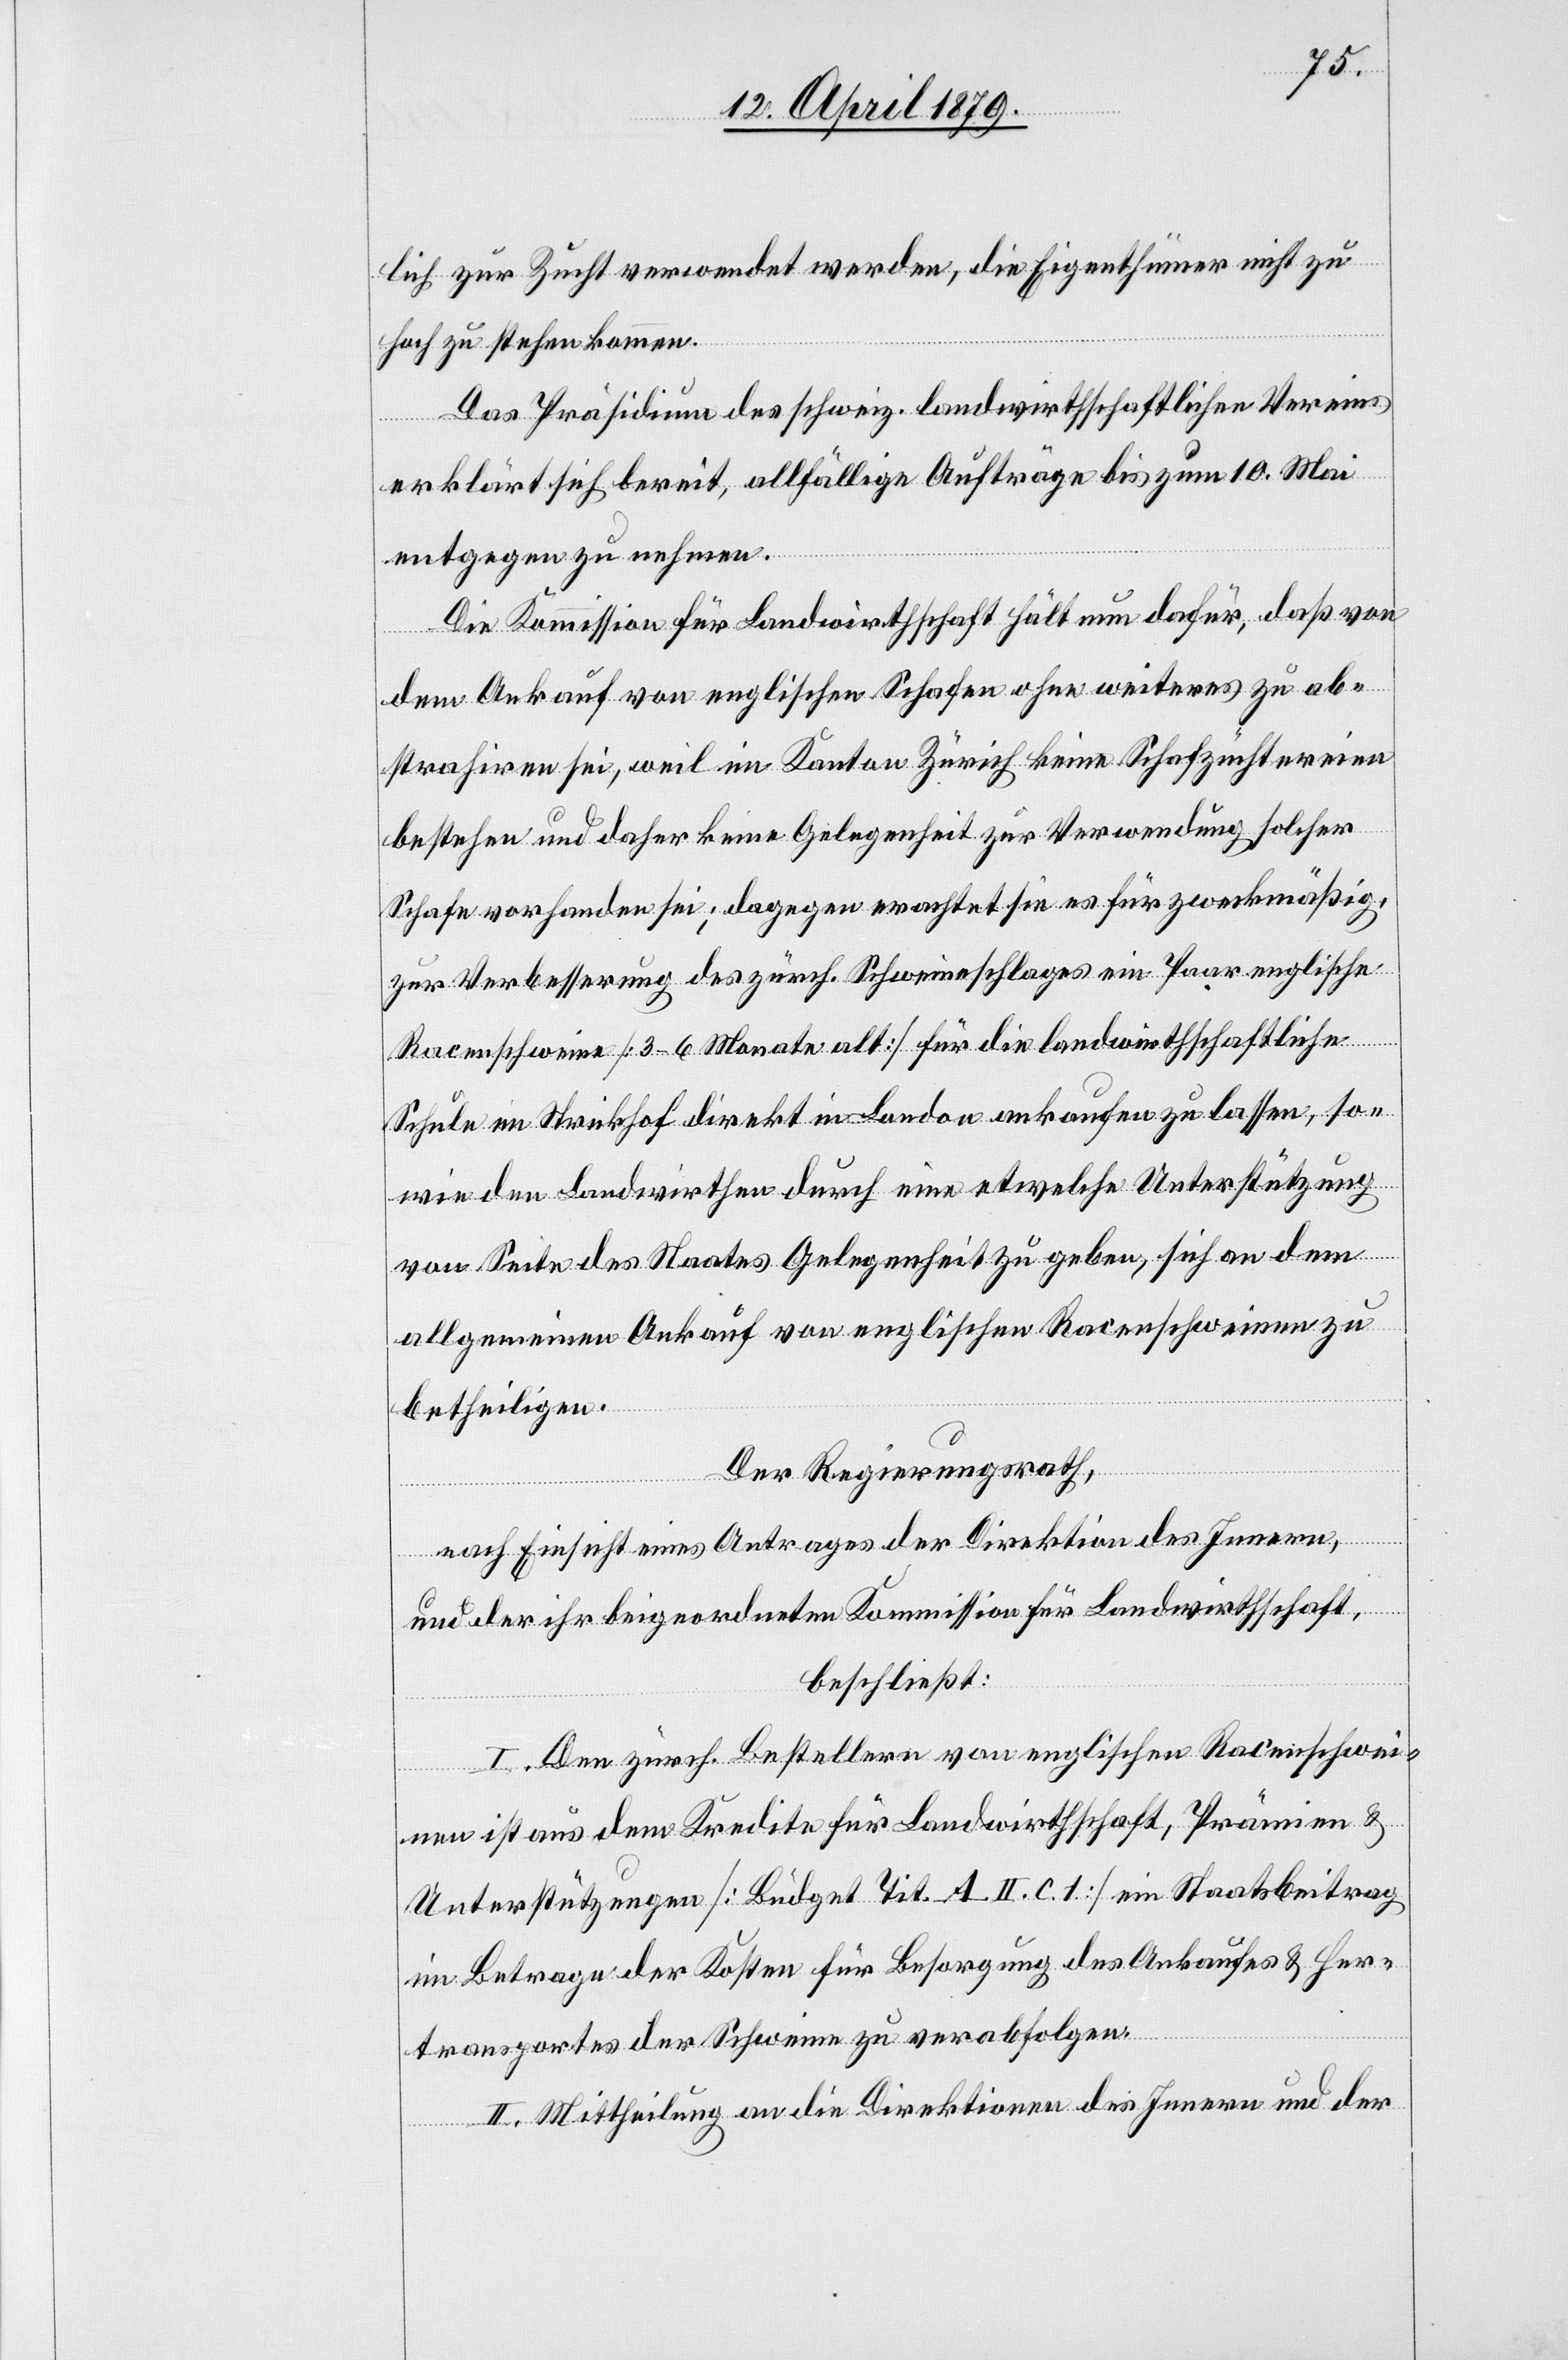
lich zur Zucht verwendet werden, die Eigenthümer nicht zu
hoch zu stehen kommen.
Das Präsidium des schweiz. landwirthschaftlichen Vereins
erklärt sich bereit, allfällige Aufträge bis zum 10. Mai
entgegen zu nehmen.
Die Kommission für Landwirthschaft hält nun dafür, daß von
dem Ankauf von englischen Schafen ohne weiteres zu ab¬
strahiren sei, weil im Kanton Zürich keine Schafzüchtereien
bestehen und daher keine Gelegenheit zur Verwendung solcher
Schafe vorhanden sei; dagegen erachtet sie es für zweckmäßig,
zur Verbesserung des zürch. Schweineschlages ein Paar englische
Racenschweine [3–6 Monate alt] für die landwirthschaftliche
Schule im Strickhof direkt in London ankaufen zu lassen, so¬
wie den Landwirthen durch eine etwelche Unterstützung
von Seite des Staates Gelegenheit zu geben, sich an dem
allgemeinen Ankauf von englischen Racenschweinen zu
betheiligen.
Der Regierungsrath,
nach Einsicht eines Antrages der Direktion des Innern,
und der ihr beigeordneten Kommission für Landwirthschaft,
beschließt:
I. Den zürch. Bestellern von englischen Racenschwei¬
nen ist aus dem Kredite für Landwirthschaft, Prämien &
Unterstützungen [Büdget Tit. A. II. c. 1] ein Staatsbeitrag
im Betrage der Kosten für Besorgung des Ankaufes & Her¬
transportes der Schweine zu verabfolgen.
II. Mittheilung an die Direktionen des Innern und der